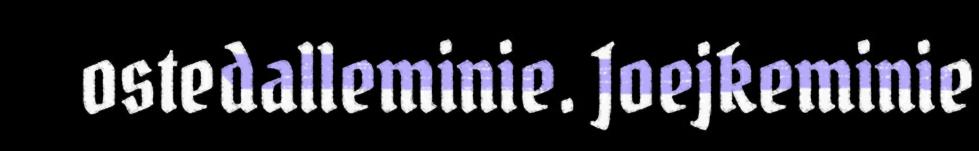
ostedalleminie. Joejkeminie